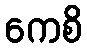
ကေစိ